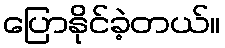
ပြောနိုင်ခဲ့တယ်။